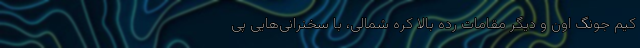
کیم جونگ اون و دیگر مقامات رده بالا کره شمالی، با سخنرانی‌هایی پی